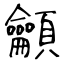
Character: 龥